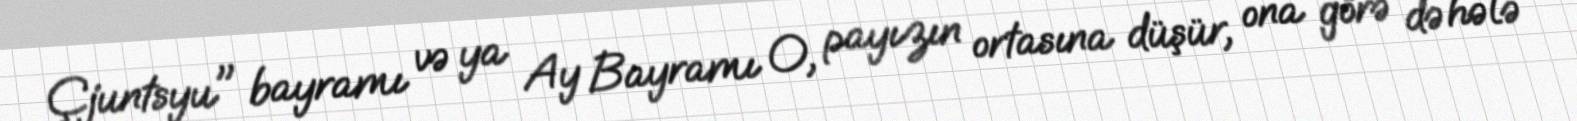
Çjuntsyu" bayramı və ya Ay Bayramı O, payızın ortasına düşür, ona görə də hələ